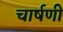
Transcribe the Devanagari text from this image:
चार्षणी